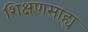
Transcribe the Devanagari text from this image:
शिक्षणसाह्य